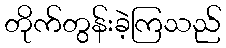
တိုက်တွန်းခဲ့ကြသည်